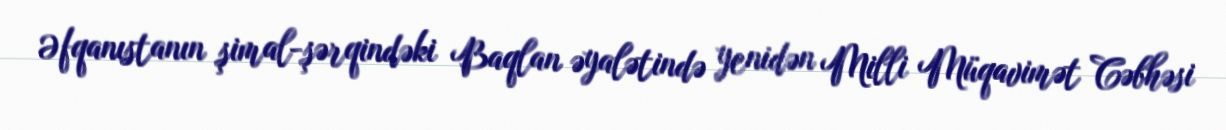
Əfqanıstanın şimal-şərqindəki Baqlan əyalətində yenidən Milli Müqavimət Cəbhəsi